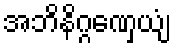
အဘိနိဂ္ဂဏှေယျံ